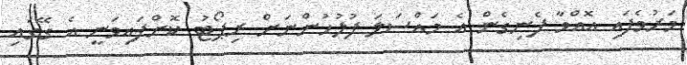
މަރުވެފައި އޮއްވާ ފެނިގެން އެ މައްސަލަ ފުލުހުންނަށް ރިޕޯޓު ކޮށްފައިވަނީ އެ ގޭގައި